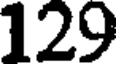
129